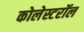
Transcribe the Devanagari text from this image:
कोलेस्टरॉल